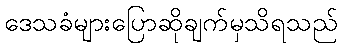
ဒေသခံများပြောဆိုချက်မှသိရသည်